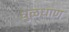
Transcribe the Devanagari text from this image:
धुळधाण